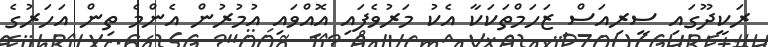
ރަކީދޫގައި ސީރިއަސް ޒަހަމްތަކަކާ އެކު މަރުވެފައި އޮއްވައި އުމުރުން އެންމެ ތިން އަހަރުގެ